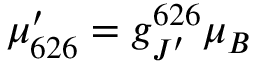
\mu _ { 6 2 6 } ^ { \prime } = g _ { J ^ { \prime } } ^ { 6 2 6 } \mu _ { B }